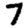
Digit: 7